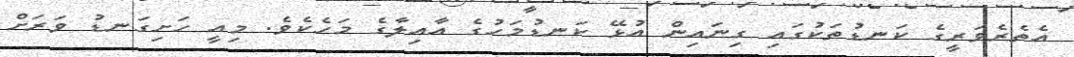
އެތެރެވަރީގެ ކަނޑުތަކުގައި ގިނައިން އުޅޭ ކަނޑުމަހުގެ އާއިލާގެ މަހެކެވެ. މިއީ ހަށިގަނޑު ވަރަށް